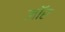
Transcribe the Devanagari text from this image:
जॉर